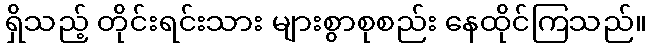
ရှိသည့် တိုင်းရင်းသား များစွာစုစည်း နေထိုင်ကြသည်။